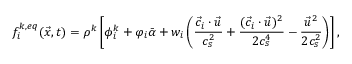
f _ { i } ^ { k , e q } ( \vec { x } , t ) = \rho ^ { k } \left[ \phi _ { i } ^ { k } + \varphi _ { i } \bar { \alpha } + w _ { i } \left( \frac { \vec { c } _ { i } \cdot \vec { u } } { c _ { s } ^ { 2 } } + \frac { ( \vec { c } _ { i } \cdot \vec { u } ) ^ { 2 } } { 2 c _ { s } ^ { 4 } } - \frac { \vec { u } ^ { 2 } } { 2 c _ { s } ^ { 2 } } \right) \right] ,